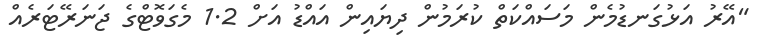
"އޭރު އަޅުގަނޑުމެން މަސައްކަތް ކުރަމުން ދިޔައިން އައްޑު އަށް 1.2 މެގަވޮޓްގެ ޖަނަރޭޓަރެއް